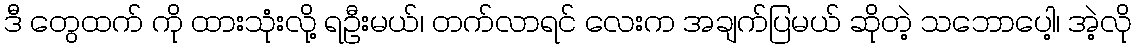
ဒီ တွေထက် ကို ထားသုံးလို့ ရဦးမယ်၊ တက်လာရင် လေးက အချက်ပြမယ် ဆိုတဲ့ သဘောပေါ့၊ အဲ့လို